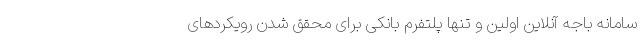
سامانه باجه آنلاین اولین و تنها پلتفرم بانکی برای محقق شدن رویکردهای